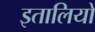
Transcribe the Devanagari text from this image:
इतालियों